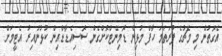
އެގޮތުން މި މެޗުގެ ފުރަތަމަ ހާފް މުޅިން ޑޮމިނޭޓްކޮށްގެން ސޮސިއެޑާޑްއިން ކުޅުނުއިރު އެޓީމަށް